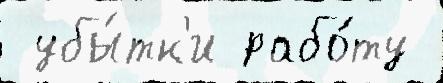
 убы́тк'и рабо́ту